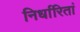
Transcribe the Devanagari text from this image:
निर्धारितां